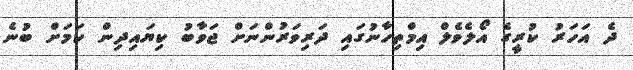
ދެ އަހަރު ކުރީގެ އޯލެވެލް އިމްތިހާނުގައި ދަރިވަރުންނަށް ޖަވާބު ކިޔައިދިން ކަމަށް ބުނެ